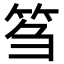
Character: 𥬠